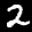
Label: 2